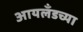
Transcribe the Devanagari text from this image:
आयलँडच्या